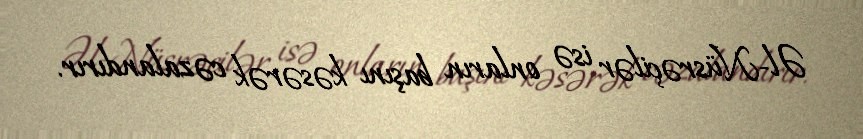
Əl-Nüsrəçilər isə onların başını kəsərək cəzalandırır.